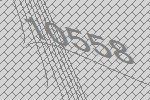
10558